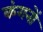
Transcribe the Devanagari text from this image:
कंगनों